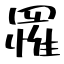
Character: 罹